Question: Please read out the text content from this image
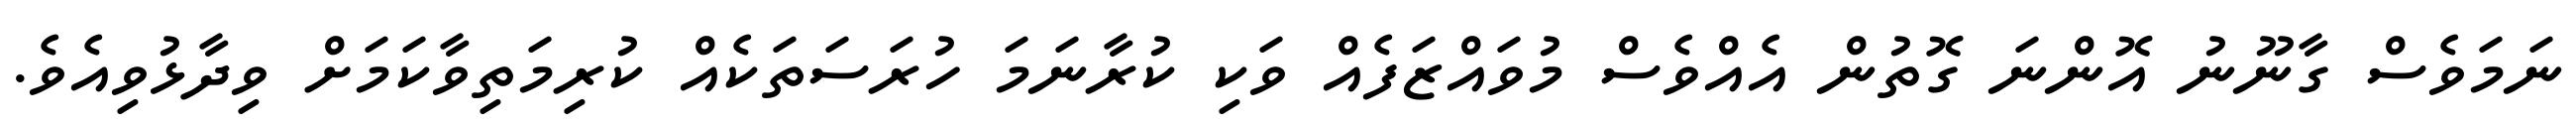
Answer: ނަމަވެސް ގާނޫނު އޮންނަ ގޮތުން އެއްވެސް މުވައްޒަފެއް ވަކި ކުރާނަމަ ހުރަސަތަކެއް ކުރިމަތިވާކަމަށް ވިދާޅުވިއެވެ.